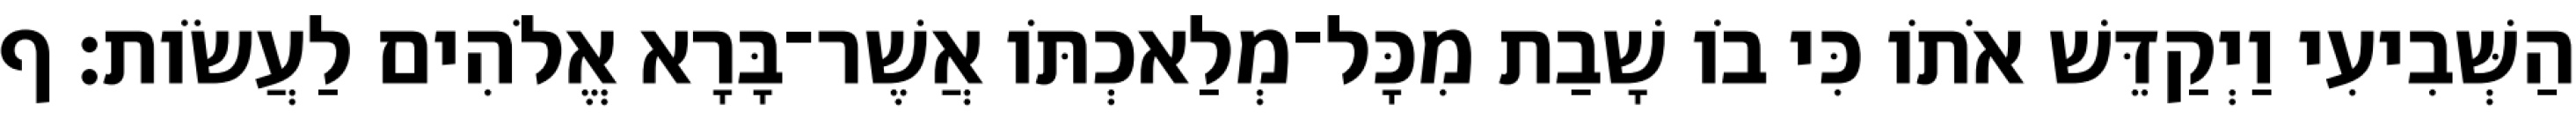
הַשְּׁבִיעִי וַיְקַדֵּשׁ אֹתֹו כִּי בֹו שָׁבַת מִכָּל־מְלַאכְתֹּו אֲשֶׁר־בָּרָא אֱלֹהִים לַעֲשֹׂות׃ ף